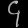
Digit: ၄